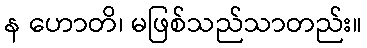
န ဟောတိ၊ မဖြစ်သည်သာတည်း။